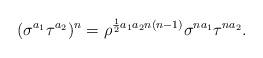
LaTeX: \begin{align*}(\sigma^{a_{1}}\tau^{a_{2}})^{n}=\rho^{\frac{1}{2}a_{1}a_{2}n(n-1)}\sigma^{na_{1}}\tau^{na_{2}}.\end{align*}